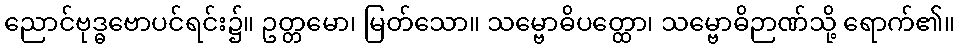
ညောင်ဗုဒ္ဓဗောပင်ရင်း၌။ ဥတ္တမော၊ မြတ်သော။ သမ္ဗောဓိပတ္ထော၊ သမ္ဗောဓိဉာဏ်သို့ ရောက်၏။